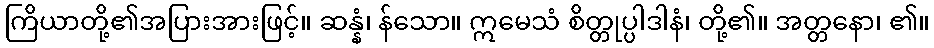
ကြိယာတို့၏အပြားအားဖြင့်။ ဆန္နံ၊ န်သော။ ဣမေသံ စိတ္တုပ္ပါဒါနံ၊ တို့၏။ အတ္တနော၊ ၏။